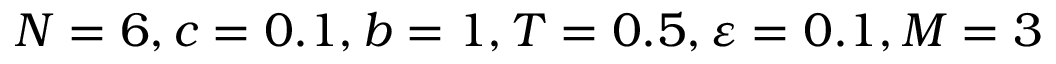
N = 6 , c = 0 . 1 , b = 1 , T = 0 . 5 , \varepsilon = 0 . 1 , M = 3